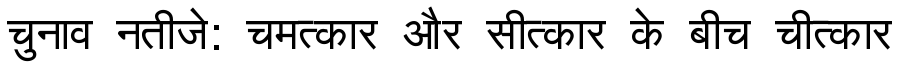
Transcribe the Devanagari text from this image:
चुनाव नतीजे: चमत्कार और सीत्कार के बीच चीत्कार